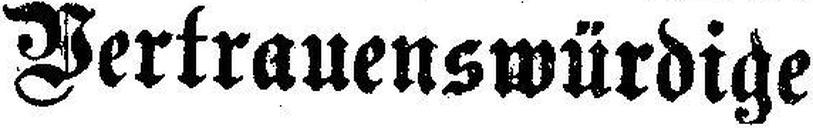
Vertrauenswürdige